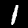
Digit: 1